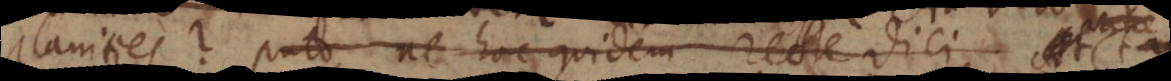
planities? Puto ne hoc quidem recte dici At